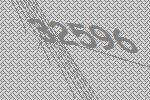
32596